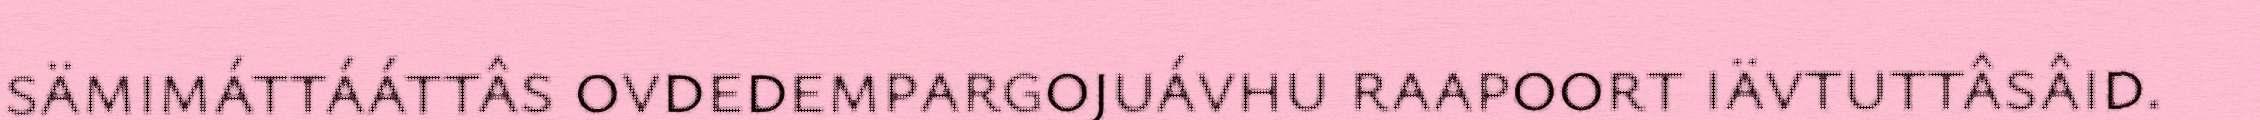
sämimáttááttâs ovdedempargojuávhu raapoort iävtuttâsâid.